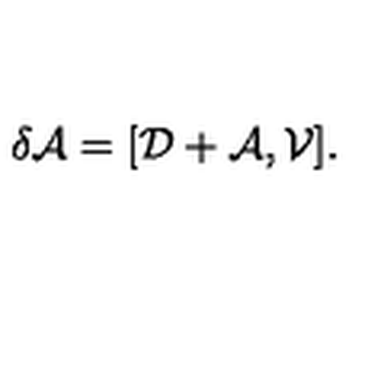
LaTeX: \delta \mathcal { A } = [ \mathcal { D } + \mathcal { A } , \mathcal { V } ] .